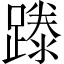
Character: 𨄇